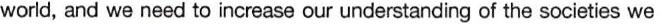
world, and we need to increase our understanding of the societies we